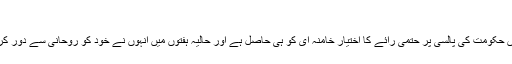
"
ایران میں حکومت کی پالسی پر حتمی رائے کا اختیار خامنہ ای کو ہی حاصل ہے اور حالیہ ہفتوں میں انہوں نے خود کو روحانی سے دور کر لیا ہے۔